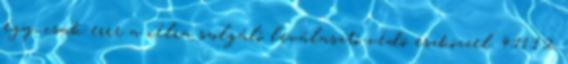
egy, csak erre a célra szolgáló leválasztó-védõ eszközzel. 4.11.1.2.